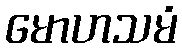
မောဟသမံ